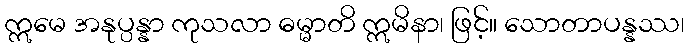
ဣမေ အနုပ္ပန္နာ ကုသလာ ဓမ္မာတိ ဣမိနာ၊ ဖြင့်။ သောတာပန္နဿ၊